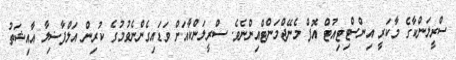
ސްރީލަންކާގެ މާކަރީ އިންސްޓިޓިއުޓް އޮފް މެނޭޖްމަންޓްއިންނެވެ. ސްރީލަންކާއަށް ވަޑައިގެންނެވުމުގެ ކުރިން އަލްފާޟިލާ އާއިޝަތު